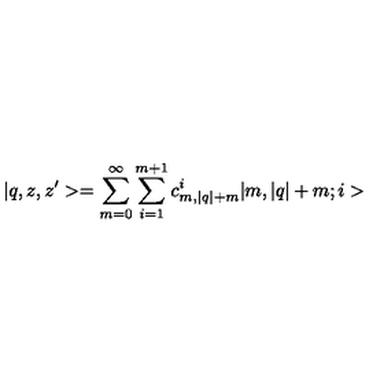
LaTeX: | q , z , z ^ { \prime } > = \sum _ { m = 0 } ^ { \infty } \sum _ { i = 1 } ^ { m + 1 } c _ { m , | q | + m } ^ { i } | m , | q | + m ; i >